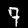
Label: 7